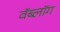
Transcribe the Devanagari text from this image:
वॅब्लॉग